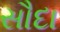
સૌદા